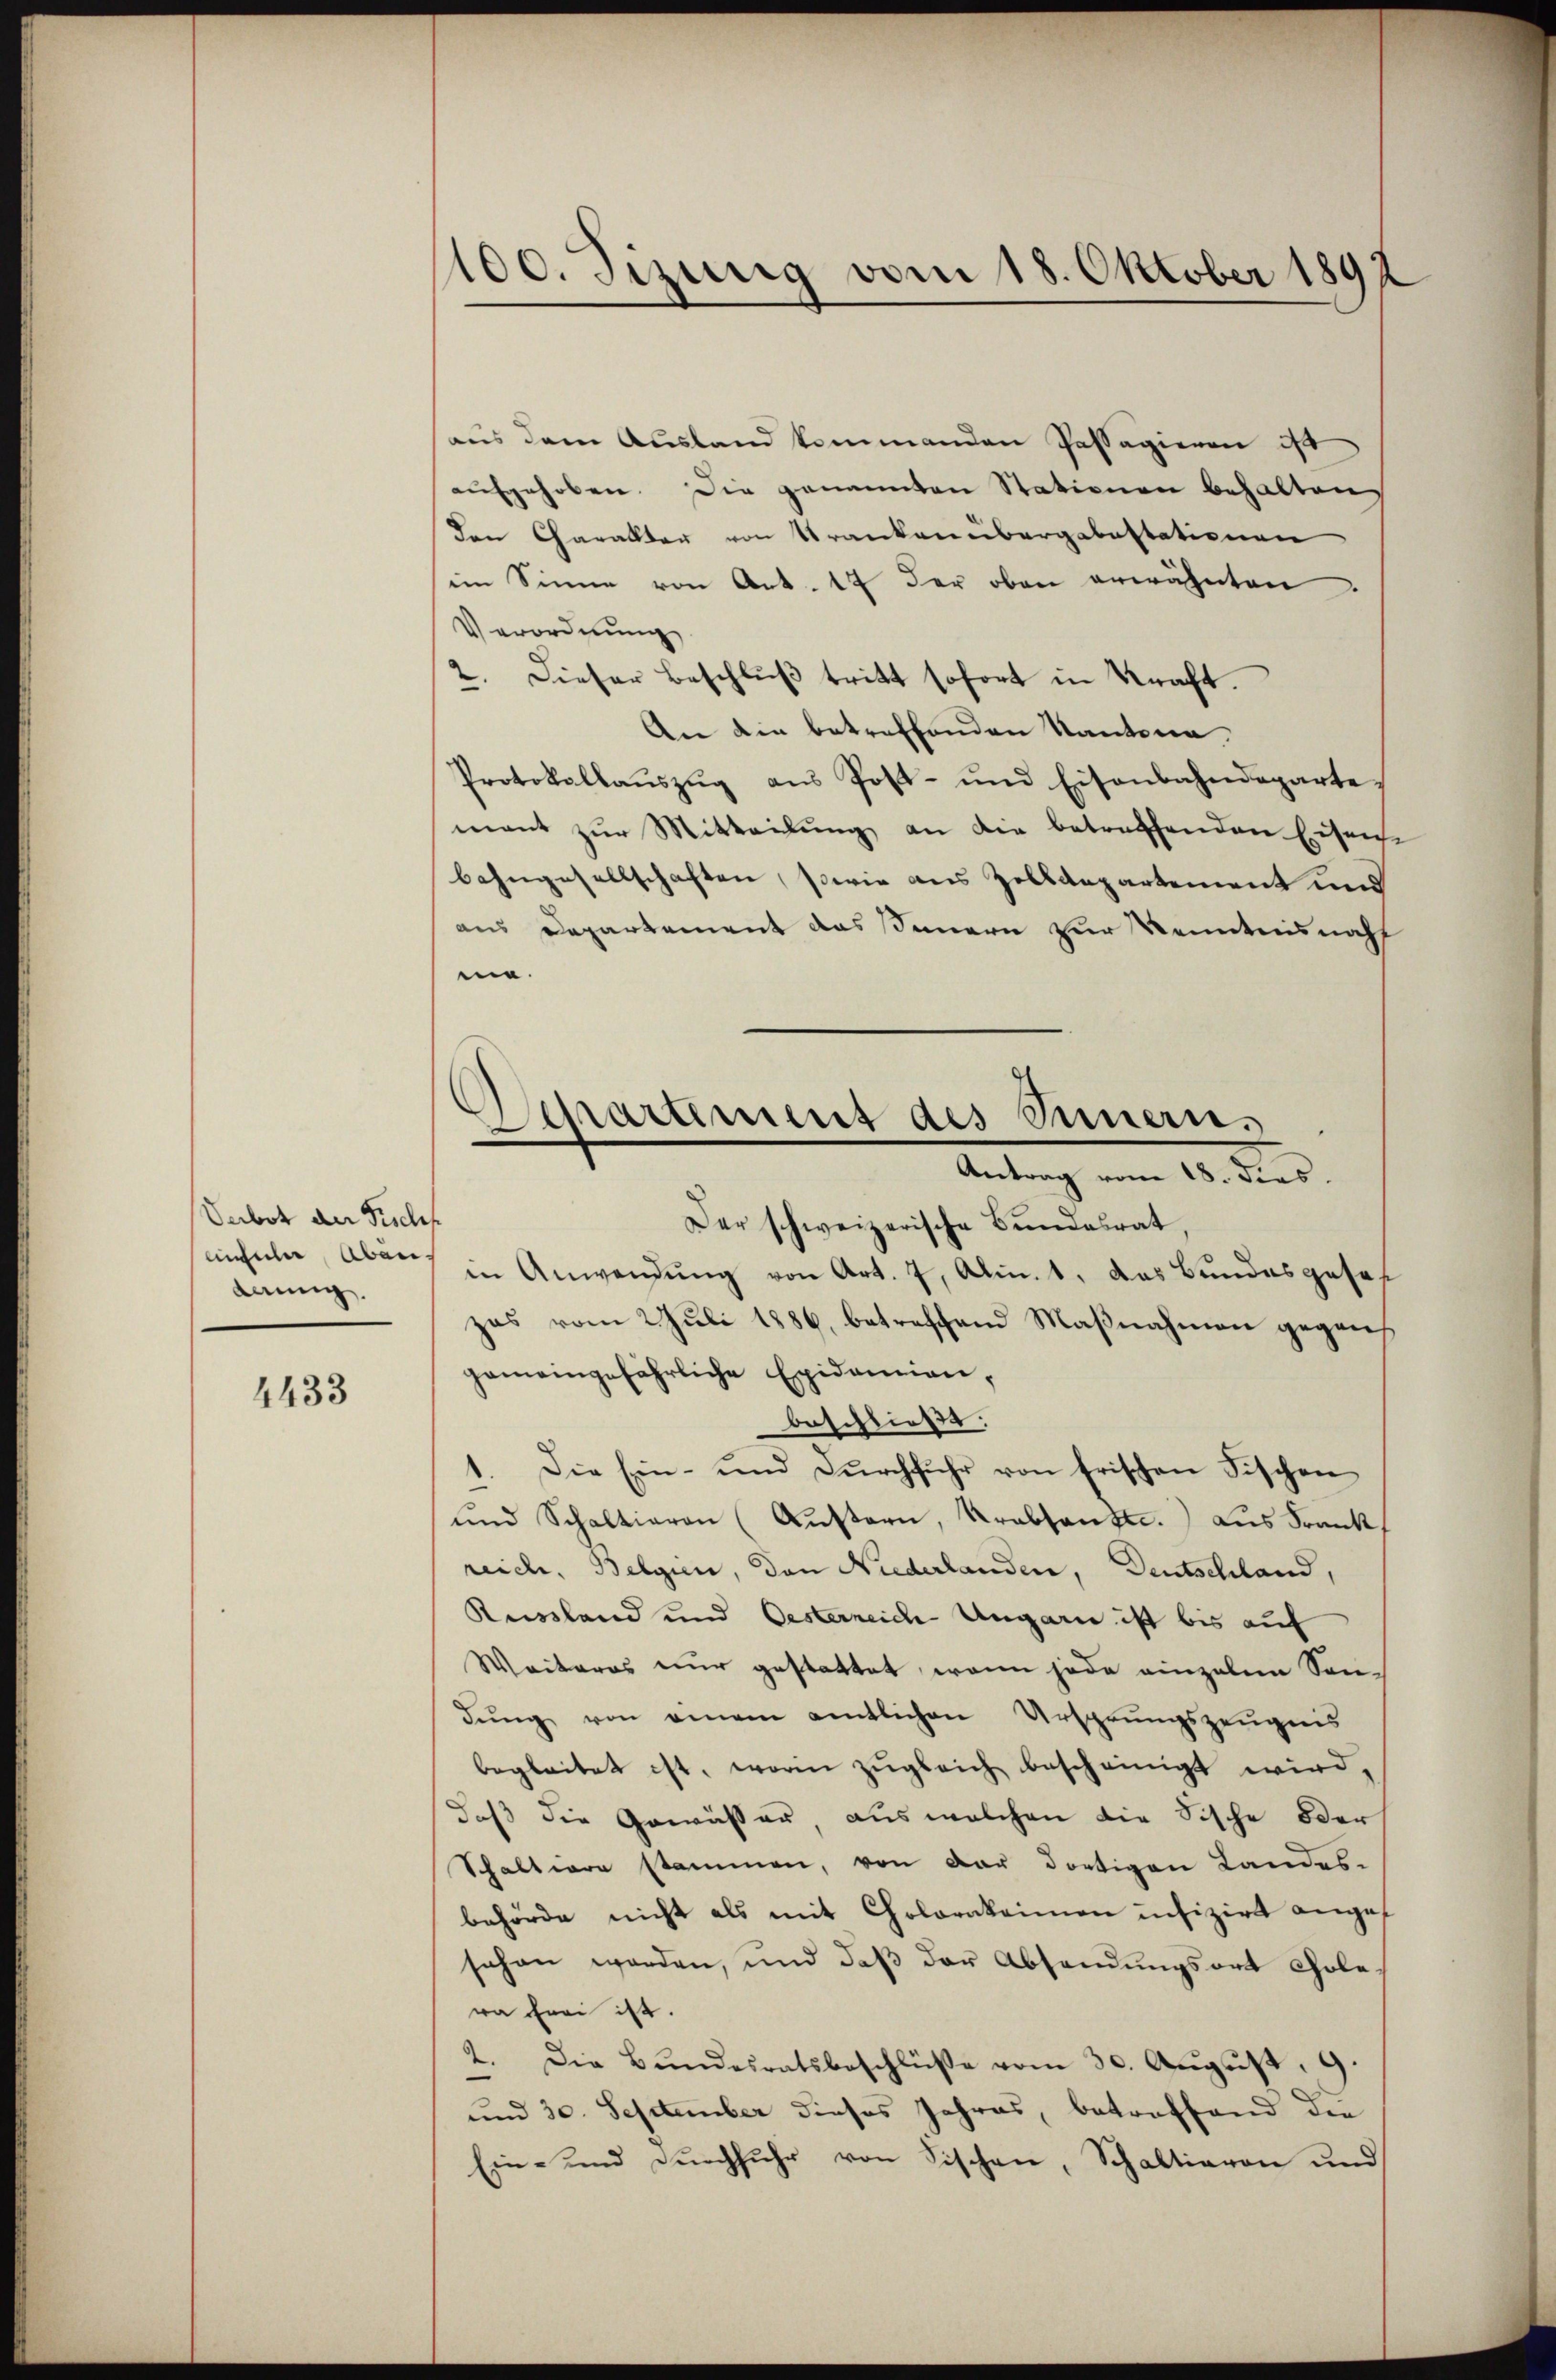
Verbot der Fischf
damnig.

4433

100. Jizung vom 18. Oktober 1892

Separtement des Innern,
Antrag vom 18. dies.

haus dem Ausland kommenden Passagieren ist
aufgehoben. Die genannten Stationen behalten,
den Charakter von Tranken übergabestationen
im Sinne von Art. 17 der oben erwähnten
Verordnung
2. Dieser Beschlŭβ tritt sofort in Kraft.
An die betreffenden Kantona¬
Protokollaŭszŭg aŭs Post- und Eisenbahndeparte
mant zŭr Mitteilung an die betreffenden Eisenhe
bahngesellschaften, sowie aus Zolldepartement und
aus Departement das Innern zur Kenntnisnah
nie.
Der schweizerische Bŭndesrat.
nchaler Aber in Anwendung von Art. 7, Al. 1, das Bundesgeseh
zas vom Juli 1886, betreffend Maßnahmen gegens
gemeingefährliche Epidemien,
beschließt:
1. Die Ein- und Durchfuhr von frischen Fischen
ŭnd Schaltieren (Aŭstern, Urabsent. Aus Frank
reich, Belgien, den Niederlanden, Deutschland,
Kussland und Oesterreich Ungarn ist bis auf
Weiteres nur gestattet, wenn jede einzelen Sondŭng von einem amtlichen Ursprungszeugnis
begleitet ist, worin zugleich bescheinigt wird,
daß die Gewässer, aus welchen die Fische oder
Schaltiore stammen, von der dortigen Landesbehörde nicht als mit Cholorakeimen infizirt angef
sehen worden, und daß der Absendungsort Chole
wa frei ist.
Die Bundesratsbeschlüße vom 30. August, 9.
und 30. September dieses Jahres, betreffend die
Ein- und durchfuhr von Fischen, Schaltieren und